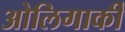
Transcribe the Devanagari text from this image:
ओलिगार्की